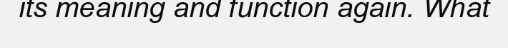
its meaning and function again. What